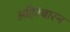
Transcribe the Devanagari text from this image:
अहिरबारन